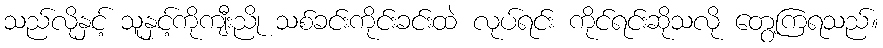
သည်လိုနှင့် သူနှင့်ကိုကျီးညို သစ်ခင်းကိုင်းခင်းထဲ လုပ်ရင်း ကိုင်ရင်းဆိုသလို တွေ့ကြရသည်။